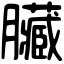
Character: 臟